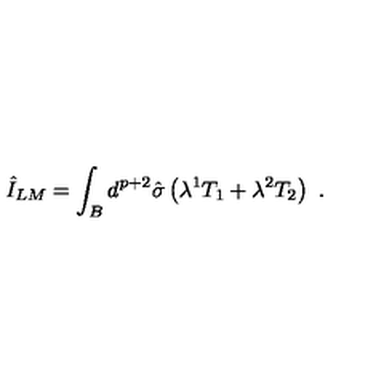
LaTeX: \hat { I } _ { L M } = \int _ { B } d ^ { p + 2 } \hat { \sigma } \left( \lambda ^ { 1 } T _ { 1 } + \lambda ^ { 2 } T _ { 2 } \right) \ .